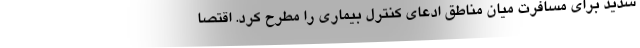
شدید برای مسافرت میان مناطق ادعای کنترل بیماری را مطرح کرد. اقتصا